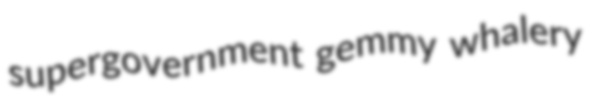
supergovernment gemmy whalery